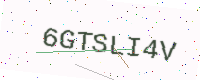
Text: 6GTSLI4V